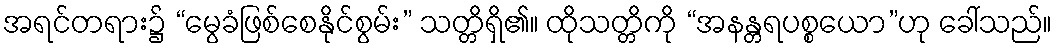
အရင်တရား၌ “မွေခံဖြစ်စေနိုင်စွမ်း” သတ္တိရှိ၏။ ထိုသတ္တိကို “အနန္တရပစ္စယော”ဟု ခေါ်သည်။